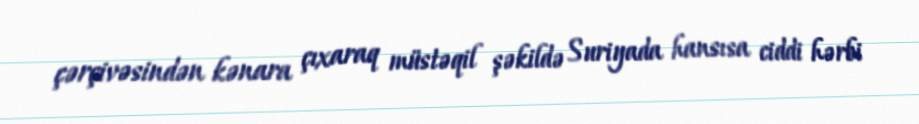
çərçivəsindən kənara çıxaraq müstəqil şəkildə Suriyada hansısa ciddi hərbi